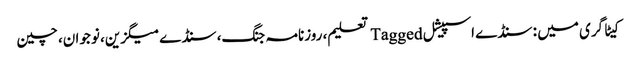
کیٹاگری میں : سنڈے اسپیشل Tagged تعلیم، روزنامہ جنگ، سنڈے میگزین، نوجوان، چین